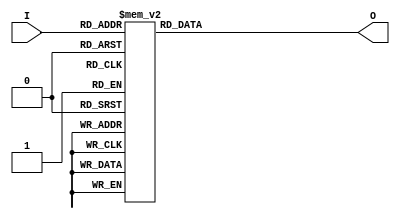
module voting (I, O);

input [3:0] I; // I 4 men
output [3:1] O; // O Result
reg [3:1] O;

always@ (I)
begin
    case (I)// writing case condition
        4'b0000, 4'b0001, 4'b0010, 4'b0100, 4'b1000 : O = 3'b001;
        4'b0011, 4'b0101, 4'b0110, 4'b1001, 4'b1010, 4'b1100 : O = 3'b010;
        4'b0111, 4'b1011, 4'b1101, 4'b1110, 4'b1111 : O = 3'b100;
        default : O = 3'b000;
    endcase
end

endmodule